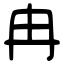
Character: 冉